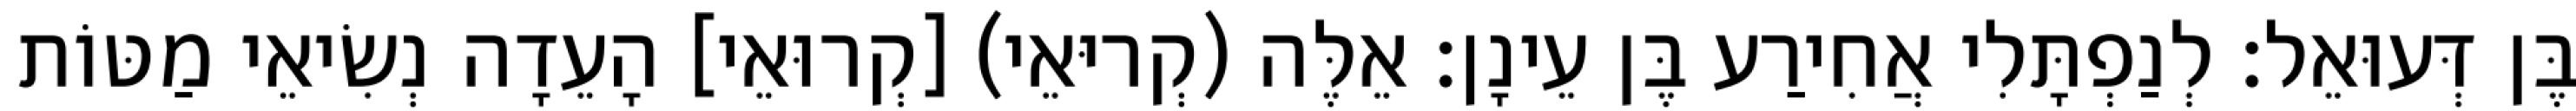
בֶּן דְּעוּאֵל׃ לְנַפְתָּלִי אֲחִירַע בֶּן עֵינָן׃ אֵלֶּה (קְריּאֵי) [קְרוּאֵי] הָעֵדָה נְשִׂיאֵי מַטּוֹת